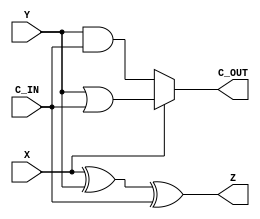
module add_1bit(X,Y,C_IN,Z,C_OUT);
	//port definitions
	input  wire X;
	input  wire Y;
	input  wire C_IN;
	output wire Z;
	output wire C_OUT;
   
   wire half_sum;
	assign half_sum = X ^ Y;
	assign Z = half_sum ^ C_IN;
	assign C_OUT = X ? (Y | C_IN) : (Y & C_IN);


endmodule